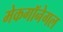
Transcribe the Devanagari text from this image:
मेकगॉनेगल